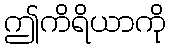
ဤကိရိယာကို